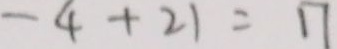
- 4 + 2 1 = 1 7